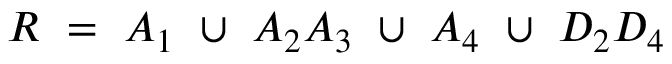
R ~ = ~ A _ { 1 } ~ \cup ~ A _ { 2 } A _ { 3 } ~ \cup ~ A _ { 4 } ~ \cup ~ D _ { 2 } D _ { 4 }